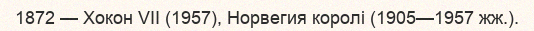
1872 — Хокон VII (1957), Норвегия королі (1905—1957 жж.).